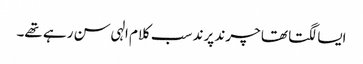
ایسا لگتا تھا چرند پرند سب کلام الہی سن رہے تھے۔